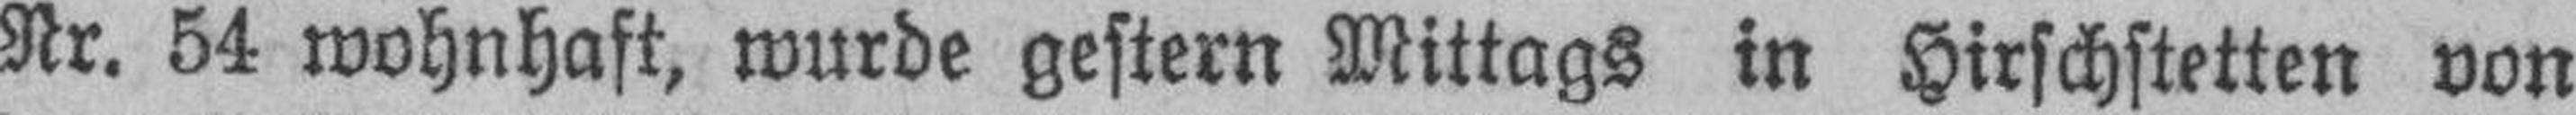
Nr. 54 wohnhaft, wurde gestern Mittags in Hirschstetten von